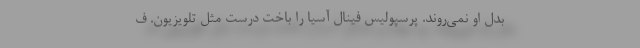
بدل او نمی‌روند. پرسپولیس فینال آسیا را باخت درست مثل تلویزیون. ف